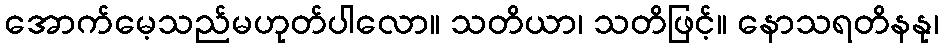
အောက်မေ့သည်မဟုတ်ပါလော။ သတိယာ၊ သတိဖြင့်။ နောသရတိနနု၊